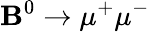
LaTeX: \mathbf{B}^{0}\rightarrow\mu^{+}\mu^{-}